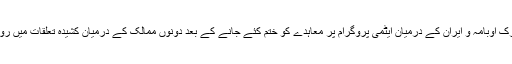
امریکی صدر ٹرمپ کی جانب سے بارک اوبامہ و ایران کے درمیان ایٹمی پروگرام پر معاہدے کو ختم کئے جانے کے بعد دونوں ممالک کے درمیان کشیدہ تعلقات میں روز با روز اضافہ دیکھنے میں آرہا ہے۔